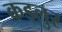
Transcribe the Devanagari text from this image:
कड्लुर